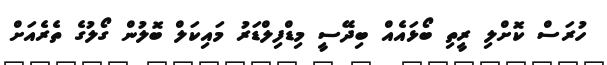
ހުރަސް ކޮށްލި ރީތި ބޯޅައެއް ބިދޭސީ މިޑްފިލްޑަރު މައިކަލް ބޮލުން ގޯލުގެ ތެރެއަށް